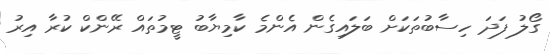
ގޯލު ފަދަ ހިސާބުތަކަށް ބަލައިގެން އެންމެ ކާމިޔާބު ޓީމުތައް ރޭންކް ކުރާ އިރު